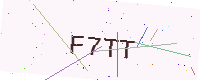
Text: F7TT